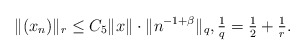
\begin{align*}\|(x_{n})\|_{r} \leq C_{5} \|x\| \cdot \|n^{-1+\beta}\|_{q},\tfrac{1}{q}=\tfrac{1}{2}+\tfrac{1}{r}.\end{align*}